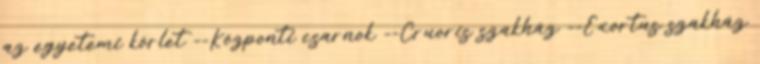
az egyetemi körlet --Központi csarnok --Cruoris szakház --Exortus szakház